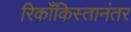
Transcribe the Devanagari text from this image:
रिकाँकिस्तानंतर